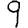
Digit: 9